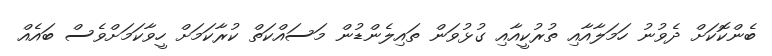
ބެންކޮކަށް ދެވުނު ހަމަލާއާއި ތުރުކީއާއި ގުޅުވަން ތައިލެންޑުން މަސައްކަތް ކުރާކަމަށް ހީވާކަމަށްވެސް ބައެއް